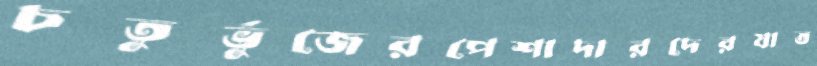
চতুর্ভুজেরপেশাদারদেরযাত